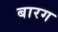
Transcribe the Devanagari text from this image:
बारग